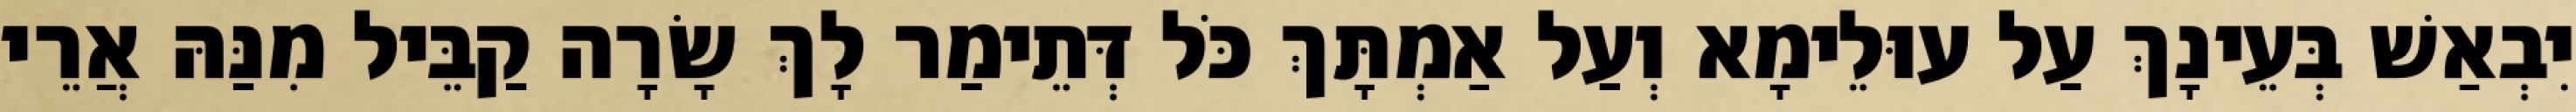
יִבְאַשׁ בְּעֵינָךְ עַל עוּלֵימָא וְעַל אַמְתָּךְ כֹּל דְּתֵימַר לָךְ שָׂרָה קַבֵּיל מִנַּהּ אֲרֵי